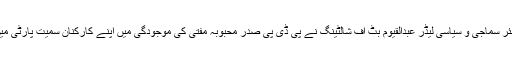
تقریب کے دوران سینئر سماجی و سیاسی لیڈر عبدالقیوم بٹ آف شالٹینگ نے پی ڈی پی صدر محبوبہ مفتی کی موجودگی میں اپنے کارکنان سمیت پارٹی میں شمولیت اختیار کی۔